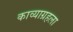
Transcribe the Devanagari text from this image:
काव्याग्रहला